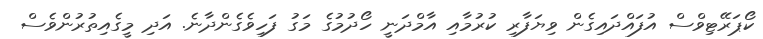
ކޯޕަރޭޓިވްސް އުފައްދައިގެން ވިޔަފާރި ކުރުމާއި އާމްދަނީ ހޯދުމުގެ މަގު ފަހިވެގެންދާނެ. އަދި މީގެއިތުރުންވެސް